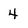
Character: 4